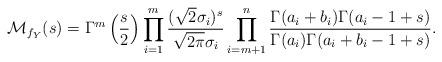
LaTeX: \begin{align*}\mathcal{M}_{f_{Y}}(s)=\Gamma^m\left(\frac{s}{2}\right)\prod_{i=1}^m\frac{(\sqrt{2}\sigma_i)^s}{\sqrt{2\pi}\sigma_i}\prod_{i=m+1}^n\frac{\Gamma(a_i+b_i)\Gamma(a_i-1+s)}{\Gamma(a_i)\Gamma(a_i+b_i-1+s)}.\end{align*}